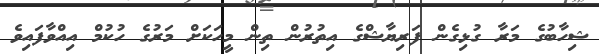
ޝިހާބުގެ މަރާ ގުޅިގެން ފަރިޔާޝްގެ އިތުރުން ތިން މީހަކަށް މަރުގެ ހުކުމް އިއްވާފައިވެ